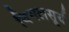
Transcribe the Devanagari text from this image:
विमलसूर्य